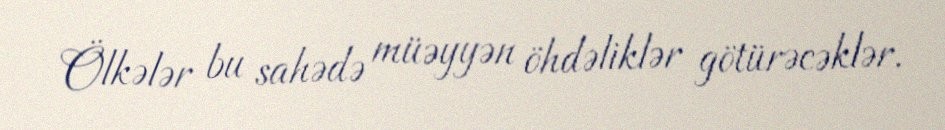
Ölkələr bu sahədə müəyyən öhdəliklər götürəcəklər.